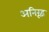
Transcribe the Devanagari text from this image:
अनिरूद्व